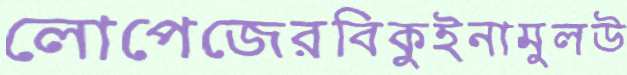
লোপেজেরবিকুইনামুলউ